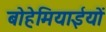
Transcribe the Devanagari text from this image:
बोहेमियाईयों